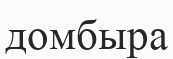
домбыра